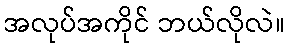
အလုပ်အကိုင် ဘယ်လိုလဲ။